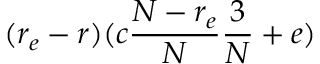
( r _ { e } - r ) ( c \frac { N - r _ { e } } { N } \frac { 3 } { N } + e )